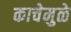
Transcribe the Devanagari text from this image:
काचेमुळे